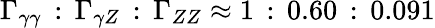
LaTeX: \Gamma_{\gamma\gamma}\, :\, \Gamma_{\gamma Z}\, :\, \Gamma_{ZZ}\approx 1\, :\, 0.60\, :\, 0.091